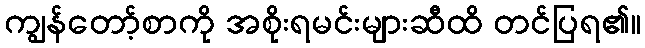
ကျွန်တော့်စာကို အစိုးရမင်းများဆီထိ တင်ပြရ၏။